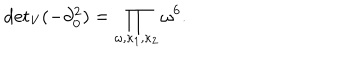
{ \det } _ { \mathrm { V } } ( - \partial _ { 0 } ^ { 2 } ) = \prod _ { \omega , \kappa _ { 1 } , \kappa _ { 2 } } \omega ^ { 6 } .